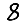
Digit: 8